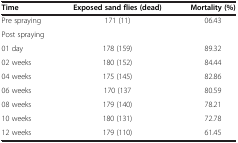
<table><thead><tr><td><b>Time</b></td><td><b>Exposed sand flies (dead)</b></td><td><b>Mortality (%)</b></td></tr></thead><tbody><tr><td>Pre spraying</td><td>171 (11)</td><td>06.43</td></tr><tr><td>Post spraying</td><td> </td><td> </td></tr><tr><td>01 day</td><td>178 (159)</td><td>89.32</td></tr><tr><td>02 weeks</td><td>180 (152)</td><td>84.44</td></tr><tr><td>04 weeks</td><td>175 (145)</td><td>82.86</td></tr><tr><td>06 weeks</td><td>170 (137</td><td>80.59</td></tr><tr><td>08 weeks</td><td>179 (140)</td><td>78.21</td></tr><tr><td>10 weeks</td><td>180 (131)</td><td>72.78</td></tr><tr><td>12 weeks</td><td>179 (110)</td><td>61.45</td></tr></tbody></table>